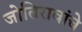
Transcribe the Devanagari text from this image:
जोतिरावांचे